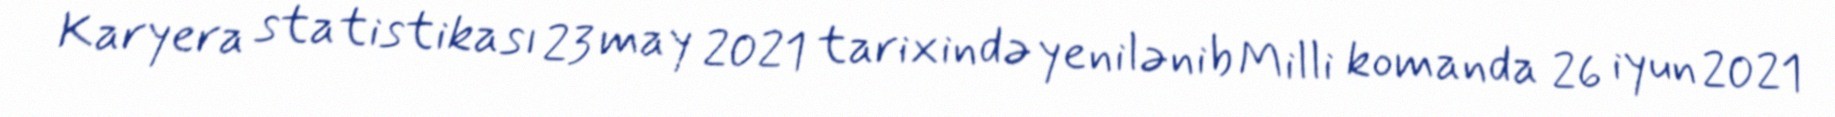
Karyera statistikası 23 may 2021 tarixində yenilənib Milli komanda 26 iyun 2021